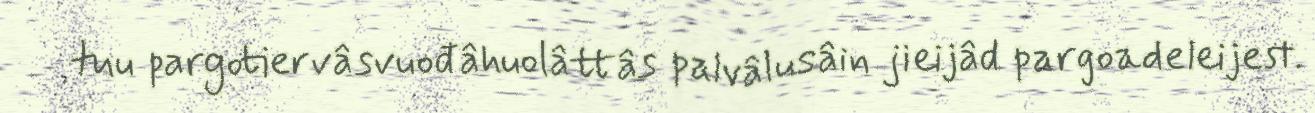
tuu pargotiervâsvuođâhuolâttâs palvâlusâin jieijâd pargoadeleijest.